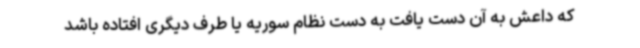
که داعش به آن دست یافت به دست نظام سوریه یا طرف دیگری افتاده باشد